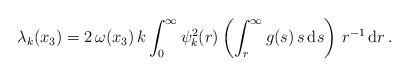
LaTeX: \begin{align*} \lambda_k(x_3) = 2\, \omega(x_3)\, k \int_0^\infty \psi^2_k(r) \left(\int_r^\infty g(s)\, s\, \mathrm{d}s\right) \, r^{-1}\, \mathrm{d}r\,.\end{align*}